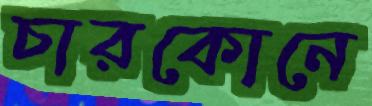
চারকোনে